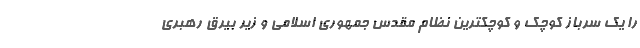
را یک سرباز کوچک و کوچکترینِ نظام مقدس جمهوری اسلامی و زیر بیرق رهبری